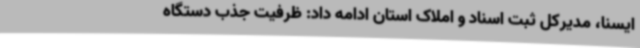
ایسنا، مدیرکل ثبت اسناد و املاک استان ادامه داد: ظرفیت جذب دستگاه